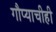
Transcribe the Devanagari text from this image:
गौप्याचीही